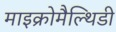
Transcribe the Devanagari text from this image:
माइक्रोमैल्थिडी